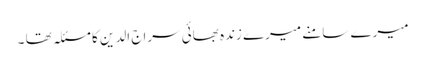
میرے سامنے میرے زندہ بھائی سراج الدین کا مسئلہ تھا ۔